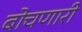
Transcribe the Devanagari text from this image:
बोचणारी